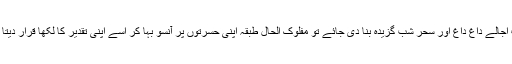
جب اجالے داغ داغ اور سحر شب گزیدہ بنا دی جائے تو مفلوک الحال طبقہ اپنی حسرتوں پر آنسو بہا کر اسے اپنی تقدیر کا لکھا قرار دیتا ہے۔